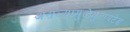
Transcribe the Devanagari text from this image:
असल्यामुळेयुनायटेड